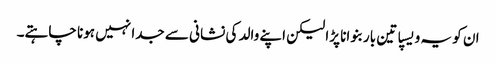
ان کو یہ ویسپا تین بار بنوانا پڑا لیکن اپنے والد کی نشانی سے جدا نہیں ہونا چاہتے۔